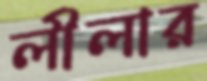
লীলার